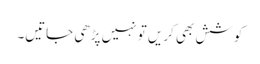
کوشش بھی کریں تو نہیں پڑھی جاتیں۔